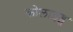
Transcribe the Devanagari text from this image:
कोलाइड्स